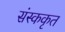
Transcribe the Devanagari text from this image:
संस्ककृत